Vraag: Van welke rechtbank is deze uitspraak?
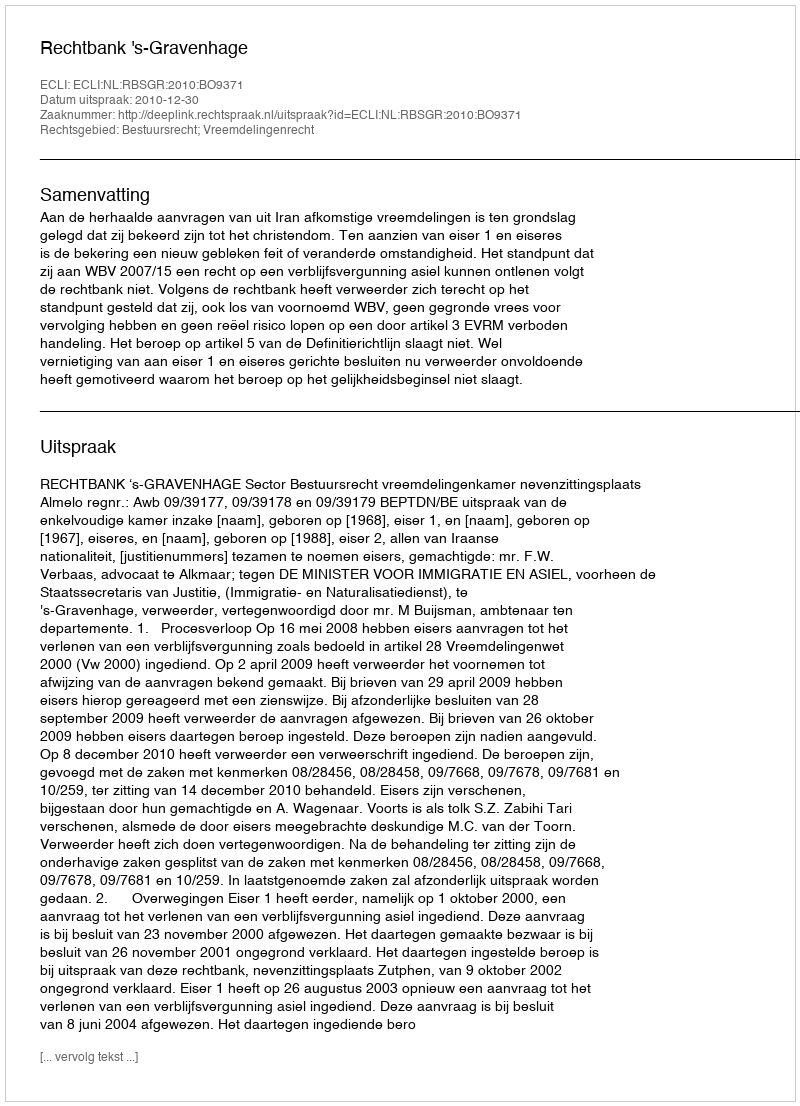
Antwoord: Rechtbank 's-Gravenhage